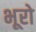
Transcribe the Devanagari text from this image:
भूरो